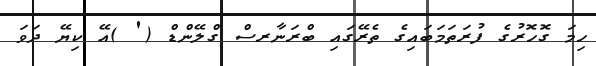
ހިމަ ގޮހޮރުގެ ފުރަތަމަބައިގެ ތެރޭގައި ބްރަނާރސް ގްލޭންޑް (' )އޭ ކިޔޭ ދަވަ